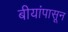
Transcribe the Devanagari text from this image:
बीयांपासून